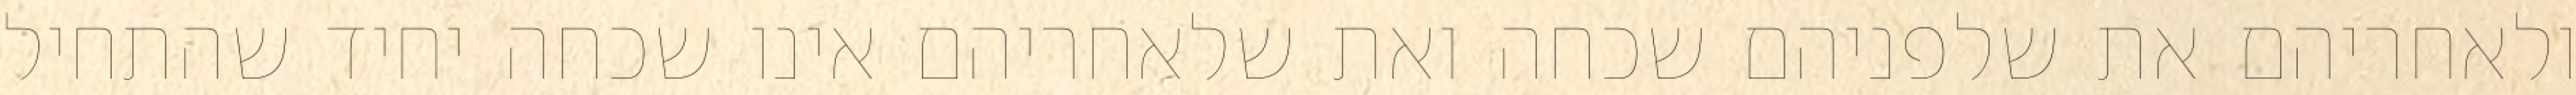
ולאחריהם את שלפניהם שכחה ואת שלאחריהם אינו שכחה יחיד שהתחיל